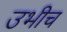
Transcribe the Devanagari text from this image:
उभीच